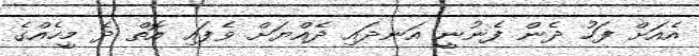
އެއަށް ފަހު ދެން ފެނުނީ އަނދައި ދެއްޔަށް ވެފައި އޮތް ދެ މީހެއްގެ